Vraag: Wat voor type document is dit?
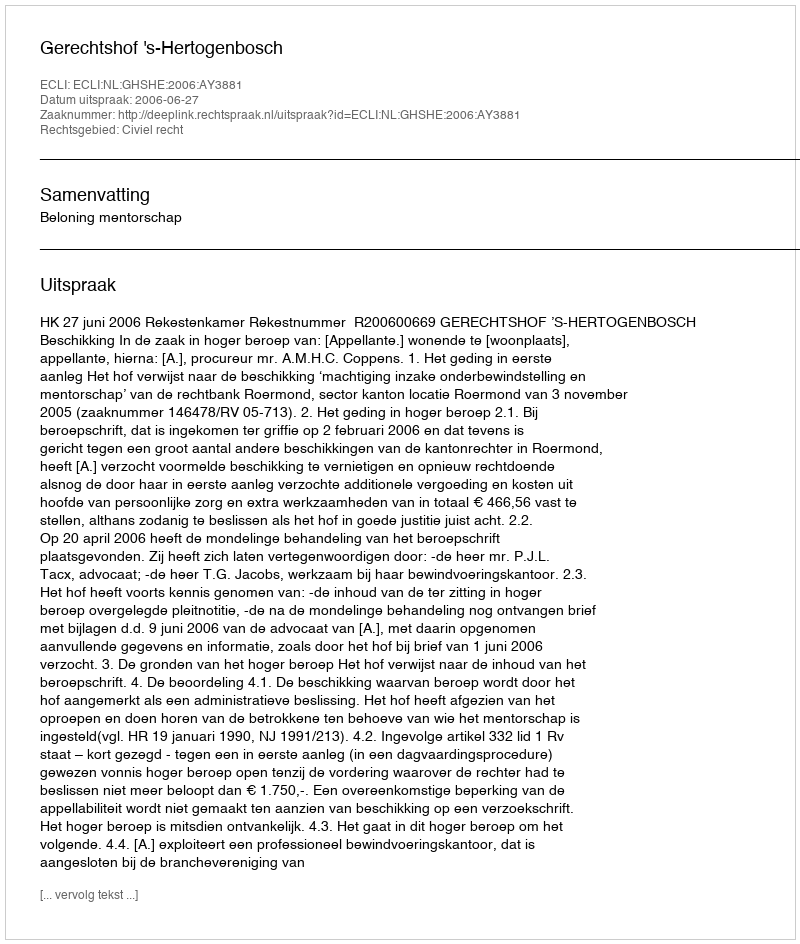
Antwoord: Uitspraak